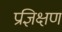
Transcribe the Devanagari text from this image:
प्रज्ञिक्षण